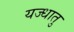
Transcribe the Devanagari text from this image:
यज्धातु